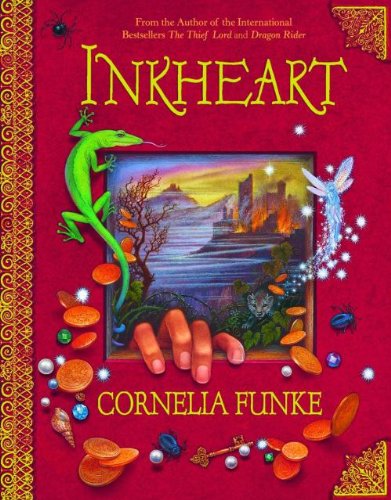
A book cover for Inkheart  (Inkheart Trilogy); Cornelia Funke; Children's Books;